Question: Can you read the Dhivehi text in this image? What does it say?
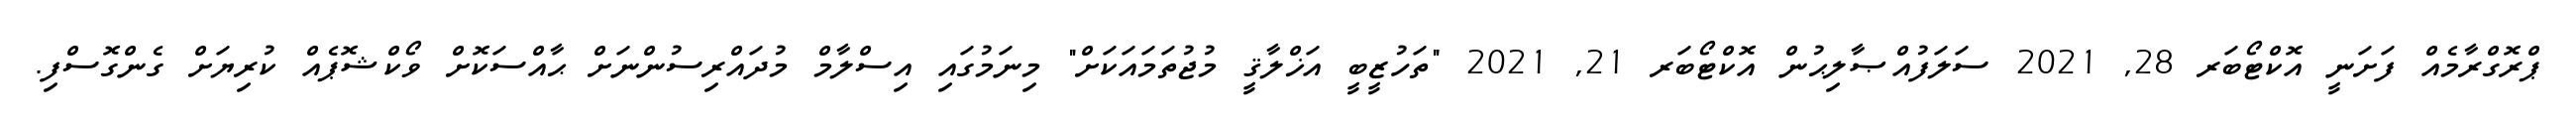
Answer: ޕްރޮގްރާމެއް ފަށަނީ އޮކްޓޯބަރ 28, 2021 ސަލަފުއްޞާލިޙުން އޮކްޓޯބަރ 21, 2021 "ތަހުޒީބީ އަޚްލާޤީ މުޖުތަމައަކަށް" މިނަމުގައި އިސްލާމް މުދައްރިސުންނަށް ޙާއްސަކޮށް ވޯކްޝޮޕެއް ކުރިޔަށް ގެންގޮސްފި.